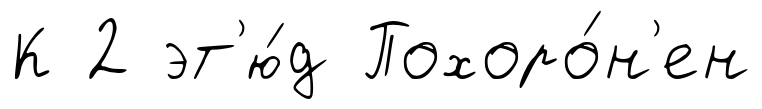
К 2 эт'ю́д Похоро́н'ен